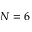
N = 6